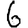
Digit: 6